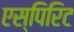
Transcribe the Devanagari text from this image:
एस्पिरिट